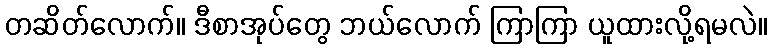
တဆိတ်လောက်။ ဒီစာအုပ်တွေ ဘယ်လောက် ကြာကြာ ယူထားလို့ရမလဲ။